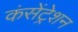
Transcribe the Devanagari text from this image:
कंसेंट्रेशन